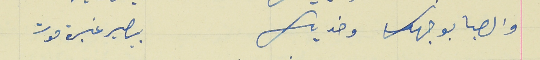
والصبا بوجهك وخديك                                بصير غبرة موت